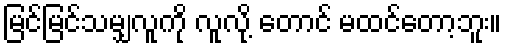
မြင်မြင်သမျှလူကို လူလို့ တောင် မထင်တော့ဘူး။